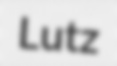
Lutz